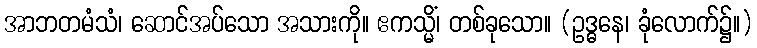
အာဘတမံသံ၊ ဆောင်အပ်သော အသားကို။ ဧကသ္မိံ၊ တစ်ခုသော။ (ဥဒ္ဓနေ၊ ခုံလောက်၌။)